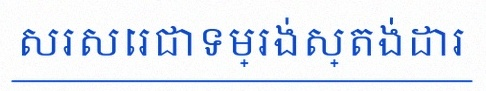
សរសេរជាទម្រង់ស្តង់ដារ